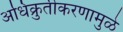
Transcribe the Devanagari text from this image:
अधिक्रुतीकरणामुळे